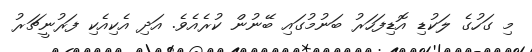
މި ގަހުގެ ލަކުޑި އޮޑިފަހަރު ބަނުމުގައި ބޭނުން ކުރެއެވެ. އަދި އެކިއެކި ފަރުނީޗަރު